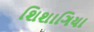
શિશાગિયા